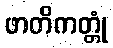
ဖာတိကတ္တုံ